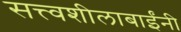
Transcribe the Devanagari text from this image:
सत्त्वशीलाबाईंनी